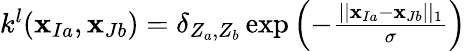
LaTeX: \begin{array}{r}{k^{l}(\mathbf{x}_{Ia},\mathbf{x}_{Jb})=\mathbf{\delta}_{Z_{a},Z_{b}}\exp{\left(-\frac{\vert\vert\mathbf{x}_{Ia}-\mathbf{x}_{Jb}\vert\vert_{1}}{\sigma}\right)}~}\end{array}